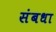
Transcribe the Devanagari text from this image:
संबधा